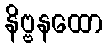
နိဗ္ဗနထော